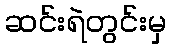
ဆင်းရဲတွင်းမှ